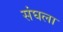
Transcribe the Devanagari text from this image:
संघला